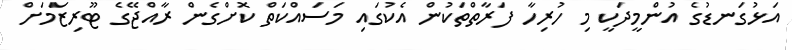
އަޅުގަނޑުގެ އުންމީދަކީ މި ހުރިހާ ފަރާތްތަކުން އެކުގައި މަސައްކަތް ކޮށްގެން ރާއްޖޭގެ ޓޫރިޒަމަށް